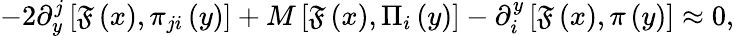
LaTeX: -2\partial_{y}^{j}\left[\mathfrak{F}\left(x\right),\pi_{ji}\left(y\right)\right]+M\left[\mathfrak{F}\left(x\right),\Pi_{i}\left(y\right)\right]-\partial_{i}^{y}\left[\mathfrak{F}\left(x\right),\pi\left(y\right)\right]\approx0,